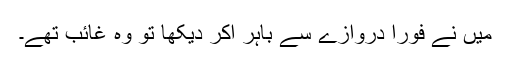
میں نے فوراً دروازے سے باہر آکر دیکھا تو وہ غائب تھے۔